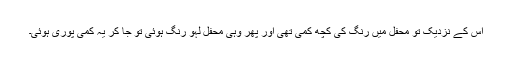
اس کے نزدیک تو محفل میں رنگ کی کچھ کمی تھی اور پھر وہی محفل لہو رنگ ہوئی تو جا کر یہ کمی پوری ہوئی۔